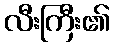
လီးကြီး၏